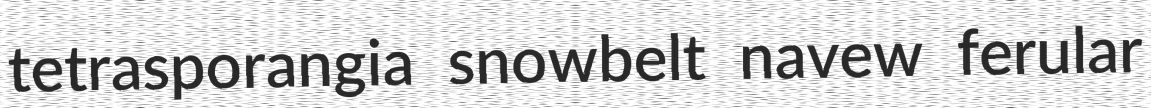
tetrasporangia snowbelt navew ferular